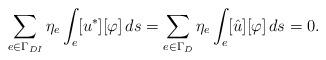
LaTeX: \begin{align*}\sum_{e \in \Gamma_{DI}} \eta_{e} \int_e[u^*] [\varphi]\, ds=\sum_{e \in \Gamma_D} \eta_{e} \int_e [\hat{u}] [\varphi]\, ds= 0.\end{align*}